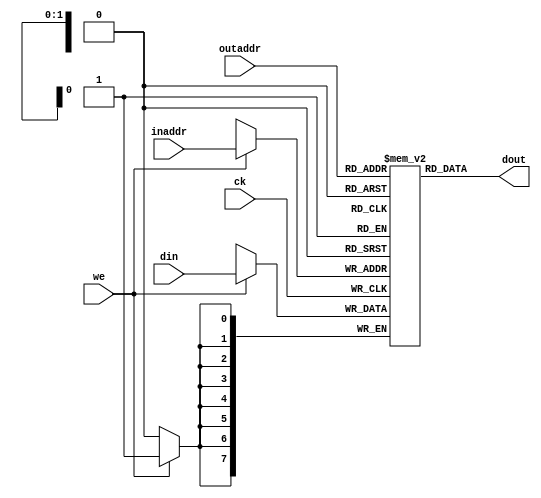
module regfile( ck, we, din, inaddr, dout, outaddr );
input ck, we;
input [7:0] din;
input [1:0] inaddr, outaddr;
output [7:0] dout;
reg [7:0] file [0:3]; 

always @( posedge ck ) 
    if ( we )
        file[inaddr] <= din;

assign dout = file[outaddr];

endmodule